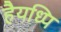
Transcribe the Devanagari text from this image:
हैयध्पि